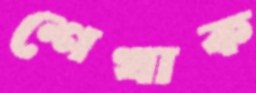
শেখাক